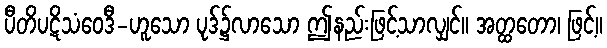
ပီတိပဋိသံဝေဒီ-ဟူသော ပုဒ်၌လာသော ဤနည်းဖြင့်သာလျှင်။ အတ္ထတော၊ ဖြင့်။